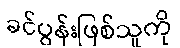
ခင်ပွန်းဖြစ်သူကို